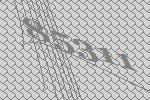
85311